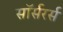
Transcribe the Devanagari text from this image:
सॉर्सरर्स